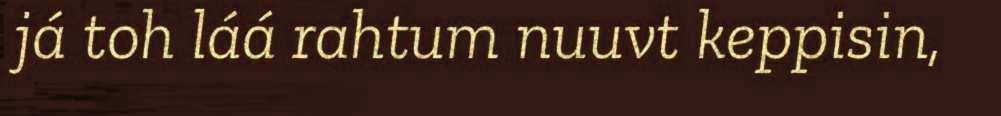
já toh láá rahtum nuuvt keppisin,